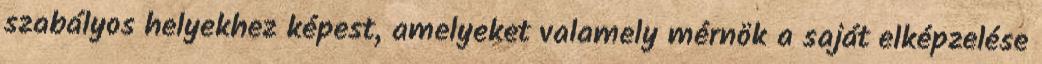
szabályos helyekhez képest, amelyeket valamely mérnök a saját elképzelése